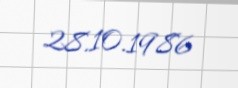
28.10.1986